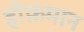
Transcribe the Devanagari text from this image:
होफ़मान